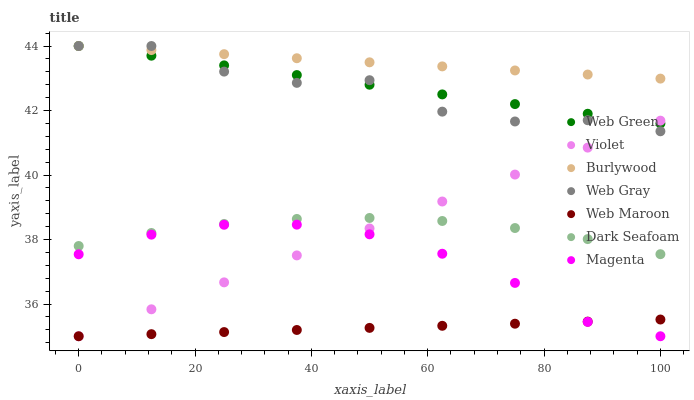
| xaxis_label | Web Green | Violet | Burlywood | Web Gray | Web Maroon | Dark Seafoam | Magenta |
 | --- | --- | --- | --- | --- | --- | --- | --- |
 | 0 | 44 | 35 | 44 | 44 | 35 | 37.8 | 37.5 |
 | 12.5 | 43.7 | 35.8 | 43.9 | 44 | 35.1 | 38.2 | 38.2 |
 | 25 | 43.4 | 36.7 | 43.7 | 43.2 | 35.1 | 38.5 | 38.5 |
 | 37.5 | 43.1 | 37.5 | 43.6 | 42.9 | 35.2 | 38.6 | 38.5 |
 | 50 | 42.8 | 38.3 | 43.5 | 42.9 | 35.3 | 38.7 | 38.2 |
 | 62.5 | 42.5 | 39.2 | 43.4 | 42 | 35.3 | 38.6 | 37.6 |
 | 75 | 42.2 | 40 | 43.2 | 41.7 | 35.4 | 38.4 | 36.7 |
 | 87.5 | 41.9 | 40.8 | 43.1 | 41.7 | 35.5 | 38 | 35.4 |
 | 100 | 41.6 | 41.7 | 43 | 41.4 | 35.5 | 37.5 | 35 |